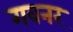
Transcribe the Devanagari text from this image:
गवनर